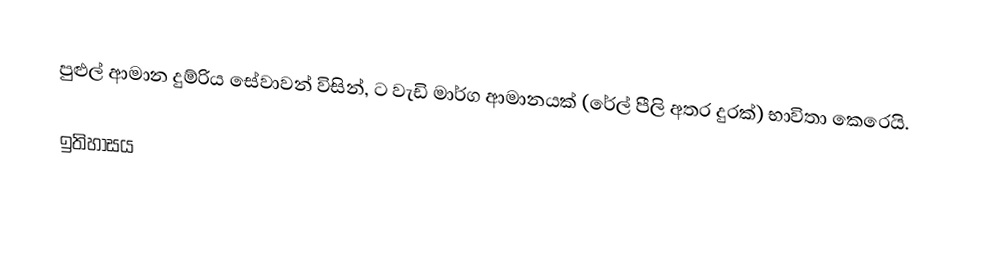
පුළුල් ආමාන දුම්රිය සේවාවන් විසින්,  ට වැඩි මාර්ග ආමානයක් (රේල් පීලි අතර දුරක්) භාවිතා කෙරෙයි.

ඉතිහාසය